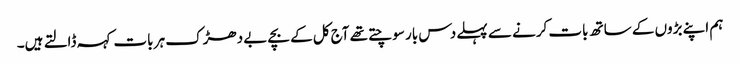
ہم اپنے بڑوں کے ساتھ بات کرنے سے پہلے دس بار سوچتے تھے آج کل کے بچے بے دھڑک ہر بات کہہ ڈالتے ہیں۔